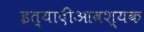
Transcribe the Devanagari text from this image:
इत्यादीआवश्यक